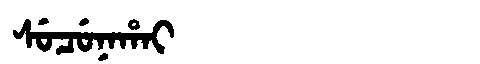
Manchu: ᠰᡠᠴᡠᠨᠠᡥᠠᡳ
Romanization: SUCUNAHAI